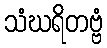
သံဃရိတဗ္ဗံ